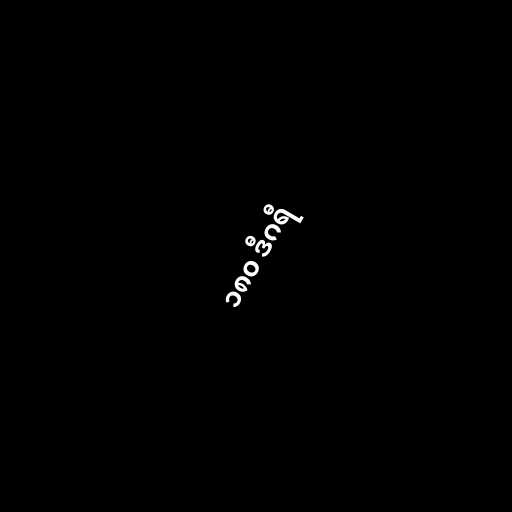
၁၈၀ ဒီဂရီ